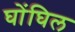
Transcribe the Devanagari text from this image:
घोंघिल